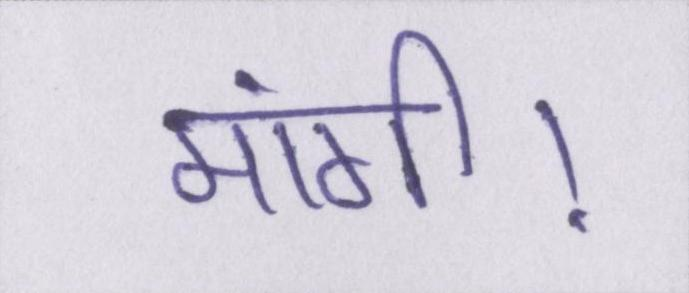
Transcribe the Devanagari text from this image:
मांगी।